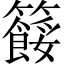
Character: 𥷓